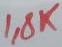
Text: 1,8K